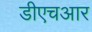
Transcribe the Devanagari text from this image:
डीएचआर